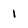
Character: 1